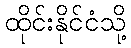
ထိုင်းနိုင်ငံသို့